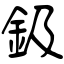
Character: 鈒